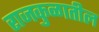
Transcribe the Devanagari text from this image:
राजकुळातील